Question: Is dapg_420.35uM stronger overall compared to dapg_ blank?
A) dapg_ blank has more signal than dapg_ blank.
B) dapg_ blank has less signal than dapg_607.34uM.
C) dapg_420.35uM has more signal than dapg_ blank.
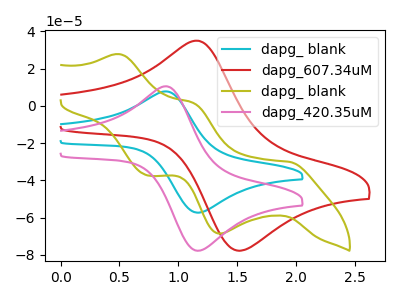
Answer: <think>The cyan curve "dapg_ blank" has an anodic peak at (0.90V, 7.70uA) and a cathodic peak at (1.20V, -57.35uA). The red curve "dapg_607.34uM" has an anodic peak at (1.15V, 34.90uA) and a cathodic peak at (1.50V, -77.50uA). The olive curve "dapg_ blank" has anodic peaks at (0.50V, 27.70uA) (1.15V, 1.60uA) and cathodic peaks at (1.95V, -30.15uA) (1.35V, -68.60uA) (0.75V, -37.40uA). The pink curve "dapg_420.35uM" has an anodic peak at (0.90V, 10.45uA) and a cathodic peak at (1.20V, -77.75uA).
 All the peaks in "dapg_420.35uM" have a peak in "dapg_ blank" at the same potential. Every peak in "dapg_420.35uM" is higher than every peak in "dapg_ blank".</think>
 <answer>C) "dapg_420.35uM" has more signal than "dapg_ blank".</answer>
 <eval>C</eval>